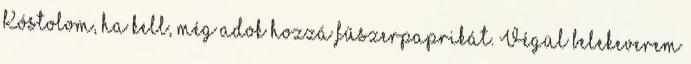
Kóstolom, ha kell, még adok hozzá fűszerpaprikát. Végül belekeverem